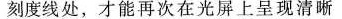
刻度线处，才能再次在光屏上呈现清晰